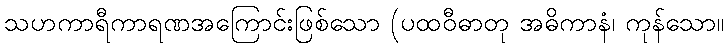
သဟကာရီကာရဏအကြောင်းဖြစ်သော (ပထဝီဓာတု အဓိကာနံ၊ ကုန်သော။